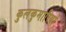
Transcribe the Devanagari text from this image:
कुलकुमारियों